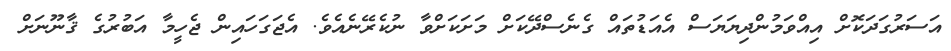
އަސަރުގަދަކޮށް އިއްވަމުންދިޔަޔަސް އެއަޑުތައް ގެނެސްދޭކަށް މަށަކަށްވާ ނުކެރޭނެއެވެ. އެޖަގަހައިން ޖެހީމާ އަބުރުގެ ޤާނޫނަށް